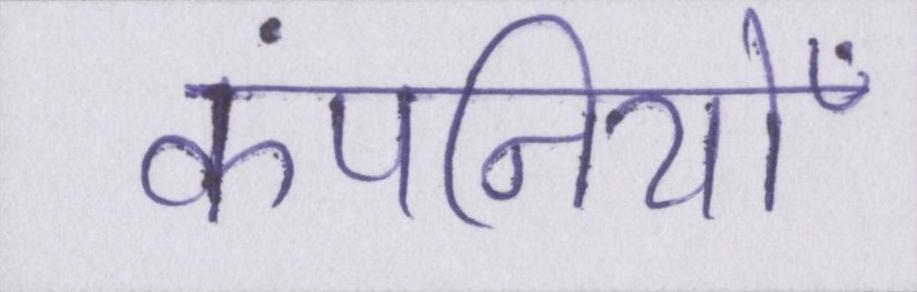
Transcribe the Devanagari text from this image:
कंपनियोँ